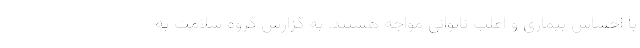
با احساس بیماری و اغلب ناتوانی مواجه هستند. به گزارش گروه سلامت به